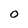
Character: O